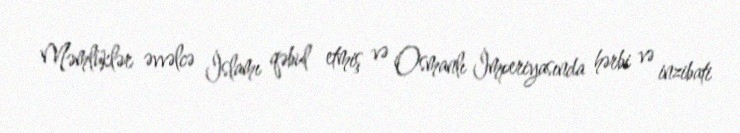
Məmlüklər əvvəlcə İslamı qəbul etmiş və Osmanlı İmperiyasında hərbi və inzibati